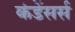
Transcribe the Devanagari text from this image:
कंडेंसर्स